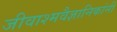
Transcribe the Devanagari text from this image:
जीवाश्मवैज्ञानिकांनी